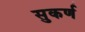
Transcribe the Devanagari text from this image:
सुकर्ण